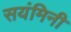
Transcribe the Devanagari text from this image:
सयंमिनी